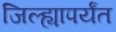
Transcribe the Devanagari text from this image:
जिल्ह्यापर्यंत